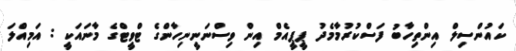
ކައުންސިލް އިންތިހާބު ފަސްކުރުމާމެދު ޕީޕީއެމް އިން ވިސްނަނީނިހާންގެ ޓްވީޓްގެ މާނައަކީ : އަމިއްލަ